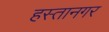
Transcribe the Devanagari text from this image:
हस्तानगर